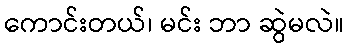
ကောင်းတယ်၊ မင်း ဘာ ဆွဲမလဲ။